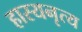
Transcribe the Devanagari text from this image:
हास्यनृत्य